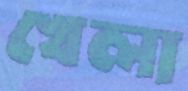
খেলা